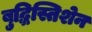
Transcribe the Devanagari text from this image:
बुद्धिस्तिशेन